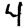
Digit: 4